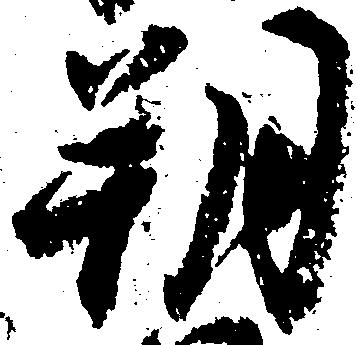
朔